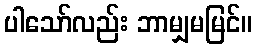
ပါသော်လည်း ဘာမျှမမြင်။